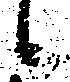
候